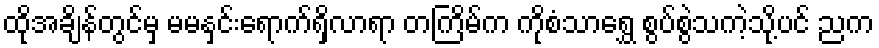
ထိုအချိန်တွင်မှ မမနှင်းရောက်ရှိလာရာ တကြိမ်က ကိုစံသာရွှေ စွပ်စွဲသကဲ့သို့ပင် ညက